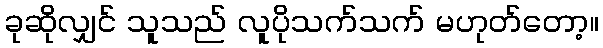
ခုဆိုလျှင် သူသည် လူပိုသက်သက် မဟုတ်တော့။